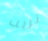
تريب